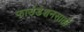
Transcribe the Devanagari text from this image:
फाउंडेशनसाठी